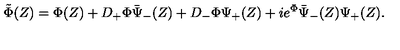
\tilde { \Phi } ( Z ) = \Phi ( Z ) + D _ { + } \Phi \bar { \Psi } _ { - } ( Z ) + D _ { - } \Phi \Psi _ { + } ( Z ) + i e ^ { \Phi } \bar { \Psi } _ { - } ( Z ) \Psi _ { + } ( Z ) .